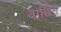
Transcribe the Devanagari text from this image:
वाछिंत